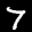
Label: 7